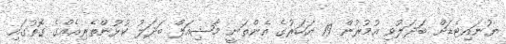
ޔުނައިޓެޑަށް ބަދަލުވި އުމުރުން 19 އަހަރުގެ އެންތަނީ މާޝިއަލް ބަދަލު ކުޅުންތެރިއެއްގެ ގޮތުގައި